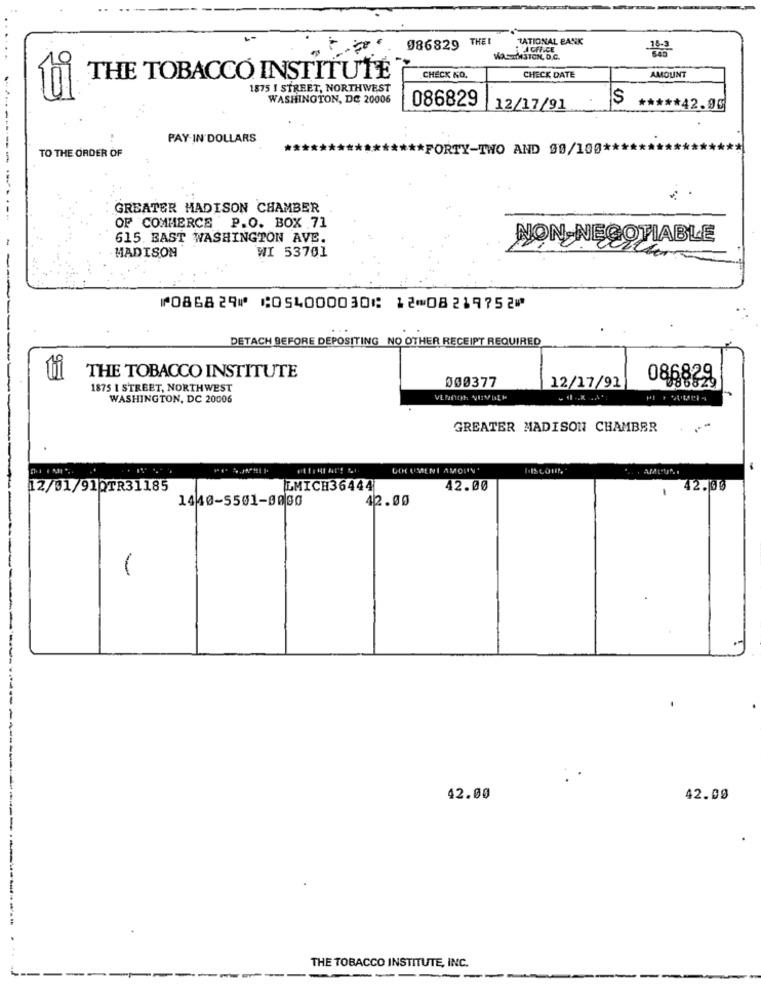
086829 THEI
TATIONAL BANK
MaszMASTON, D.C.
THE TOBACCO INSTITUTE
CHECK NO.
CHECK DATE
AMOUNT
1875 ! STREET, NORTHWEST
WASHINGTON, DC 20006
086829
12/17/91
***** 42.90
PAY IN DOLLARS
TO THE ORDER OF
** FORTY-TWO AND 90/100 ****
GREATER MADISON CHAMBER
OF COMMERCE P.O. BOX 71
615. EAST WASHINGTON AVE.
NON NEGOTIABLE
-
WI 53701
MADISON
⑈086829⑈ ⑆054000030⑆ 12⑉08219752⑈
----
DETACH BEFORE DEPOSITING NO OTHER RECEIPT REQUIRED
Hi
THE TOBACCO INSTITUTE
086829
1875 1 STREET, NORTHWEST
000377
12/17/91
WASHINGTON, DC 20006
GREATER MADISON CHAMBER
DOCUMENT AMOLIN'
AMIUN
12/01/91QTR31185
LMICH36444
42.00
42.00
1440-5501-0000
42.00
-
42.00
42.00
THE TOBACCO INSTITUTE, INC.